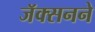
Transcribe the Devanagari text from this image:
जॅक्सनने